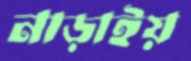
নাড়াইয়